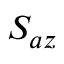
S _ { a z }